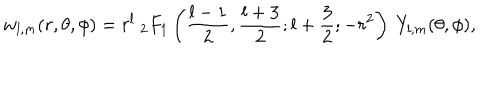
w _ { l , m } ( r , \theta , \phi ) = r ^ { l } \ _ { 2 } F _ { 1 } \left( { \frac { l - 1 } { 2 } } , { \frac { l + 3 } { 2 } } ; l + { \frac { 3 } { 2 } } ; - r ^ { 2 } \right) \ Y _ { l , m } ( \theta , \phi ) ,